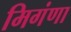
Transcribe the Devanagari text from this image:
मिगंणा